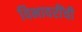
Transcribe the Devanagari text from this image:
विभावरींची